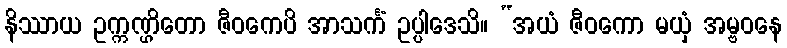
နိဿာယ ဥက္ကဏ္ဌိတော ဇီဝကေပိ အာသင်္ကံ ဥပ္ပါဒေသိ။ “အယံ ဇီဝကော မယှံ အမ္ဗဝနေ